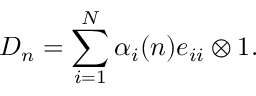
D _ { n } = \sum _ { i = 1 } ^ { N } \alpha _ { i } ( n ) e _ { i i } \otimes 1 .